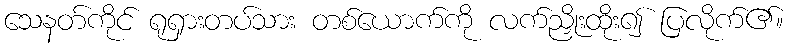
သေနတ်ကိုင် ရုရှားတပ်သား တစ်ယောက်ကို လက်ညှိုးထိုး၍ ပြလိုက်၏။